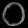
Digit: ၀